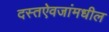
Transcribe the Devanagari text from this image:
दस्तऐवजांमधील